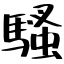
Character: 騷